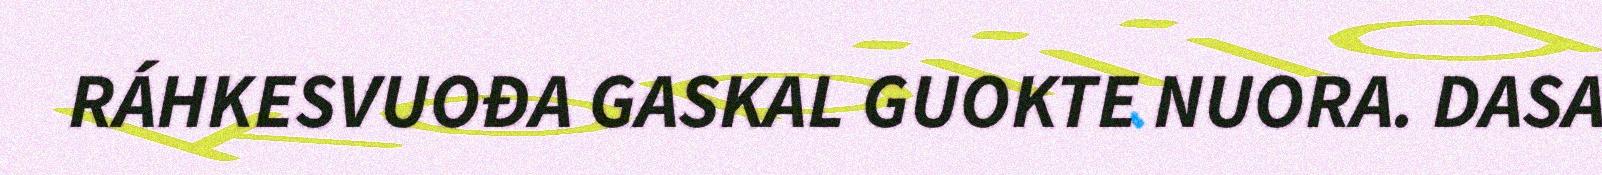
RÁHKESVUOĐA GASKAL GUOKTE NUORA. DASA